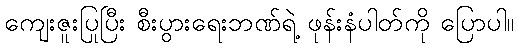
ကျေးဇူးပြုပြီး စီးပွားရေးဘဏ်ရဲ့ ဖုန်းနံပါတ်ကို ပြောပါ။